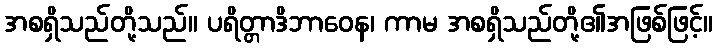
အစရှိသည်တို့သည်။ ပရိတ္တာဒိဘာဝေန၊ ကာမ အစရှိသည်တို့၏အဖြစ်ဖြင့်။